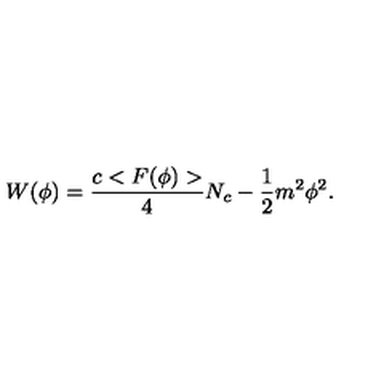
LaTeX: W ( \phi ) = { \frac { c < F ( \phi ) > } { 4 } } N _ { c } - { \frac { 1 } { 2 } } m ^ { 2 } \phi ^ { 2 } .